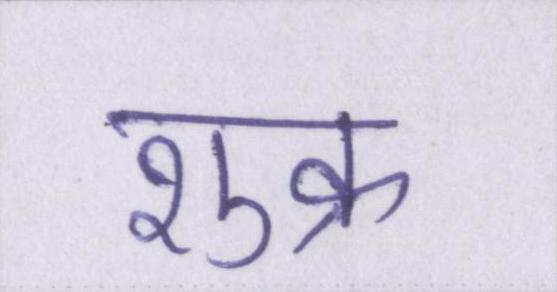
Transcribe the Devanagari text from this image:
शुक्र